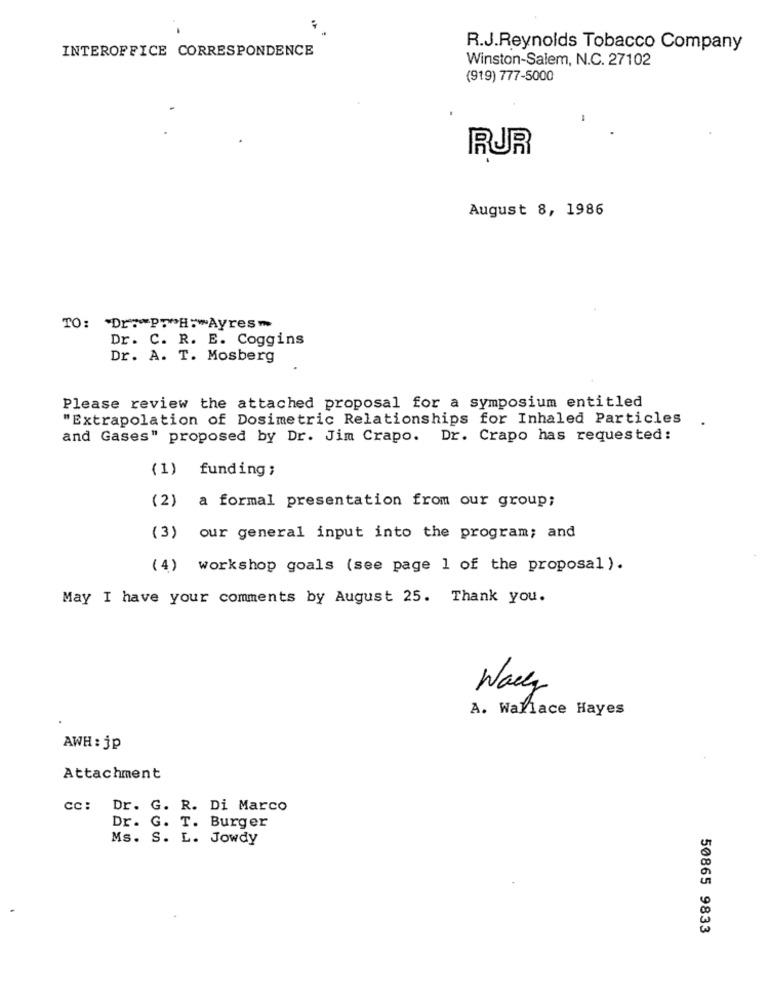
INTEROFFICE CORRESPONDENCE
R.J.Reynolds Tobacco Company
Winston-Salem, N.C. 27102
(919) 777-5000
RJR
August 8, 1986
TO: "Dr: PT"H:"Ayres-
Dr. C. R. E. Coggins
Dr. A. T. Mosberg
Please review the attached proposal for a symposium entitled
"Extrapolation of Dosimetric Relationships for Inhaled Particles
and Gases" proposed by Dr. Jim Crapo. Dr. Crapo has requested:
(1) funding ;
(2) a formal presentation from our group;
(3) our general input into the program; and
(4) workshop goals (see page 1 of the proposal ) .
May I have your comments by August 25. Thank you.
Wally
A. Wallace Hayes
AWH : jp
Attachment
cc: Dr. G. R. Di Marco
Dr. G. T. Burger
Ms. S. L. Jowdy
50865 9833